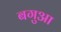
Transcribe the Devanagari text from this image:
बगुआ